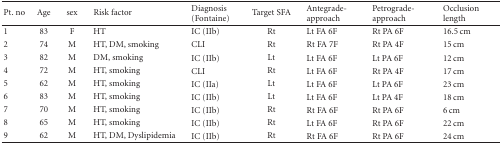
| Pt. no | Age | sex | Risk factor | Diagnosis (Fontaine) | Target SFA | Antegrade-approach | Petrograde-approach | Occlusion length |
 | --- | --- | --- | --- | --- | --- | --- | --- | --- |
 | 1 | 83 | F | HT | IC (IIb) | Rt | Lt FA 6F | Rt PA 6F | 16.5 cm |
 | 2 | 74 | M | HT, DM, smoking | CLI | Rt | Rt FA 7F | Rt PA 4F | 15 cm |
 | 3 | 82 | M | DM, smoking | IC (IIb) | Lt | Lt FA 6F | Lt PA 6F | 12 cm |
 | 4 | 72 | M | HT, smoking | CLI | Rt | Lt FA 6F | Rt PA 4F | 17 cm |
 | 5 | 62 | M | HT, smoking | IC (IIa) | Lt | Lt FA 6F | Lt PA 6F | 23 cm |
 | 6 | 83 | M | HT, smoking | IC (IIb) | Lt | Lt FA 6F | Lt PA 4F | 18 cm |
 | 7 | 70 | M | HT, smoking | IC (IIb) | Rt | Rt FA 6F | Rt PA 6F | 6 cm |
 | 8 | 65 | M | HT, smoking | IC (IIb) | Rt | Lt FA 6F | Rt PA 6F | 22 cm |
 | 9 | 62 | M | HT, DM, Dyslipidemia | IC (IIb) | Rt | Rt FA 6F | Rt PA 6F | 24 cm |